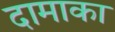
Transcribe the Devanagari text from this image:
दामाका